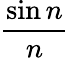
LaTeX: \frac{\sin n}{n}